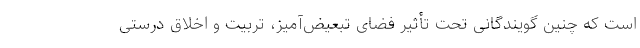
است که چنین گویندگانی تحت تأثیر فضای تبعیض‌آمیز، تربیت و اخلاق درستی